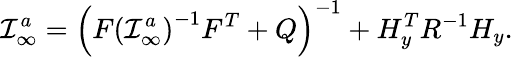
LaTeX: {\cal I}_{\infty}^{a}=\left(F\left({\cal I}_{\infty}^{a}\right)^{-1}F^{T}+Q\right)^{-1}+H_{y}^{T}R^{-1}H_{y}.